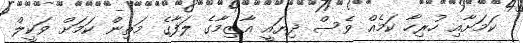
ކަމަށާއި ހުރިހާ ކަމެއް ވެސް ދިޔައީ އާޒިމާގެ ލަފާގެ މަތިން ކަމަށް ވަކީލް